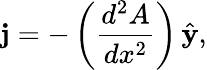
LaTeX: {\mathbf j}=-\left({\frac{d^{2}A}{dx^{2}}}\right)\, {\hat{\mathbf y}},